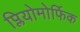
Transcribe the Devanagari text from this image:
प्लियोमोर्फिक